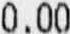
0.00